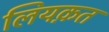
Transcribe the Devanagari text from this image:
लियक़त